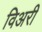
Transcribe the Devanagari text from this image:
विअरी